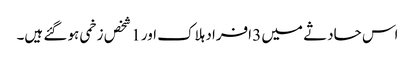
اس حادثے میں 3 افراد ہلاک اور 1 شخص زخمی ہو گئے ہیں۔